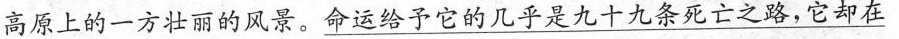
高原上的一方壮丽的风景。\underline{命运给予它的几乎是九十九条死亡之路，他却在